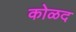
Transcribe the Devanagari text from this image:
कोळद